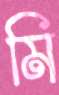
মি